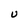
Character: U